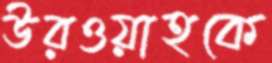
উরওয়াহকে